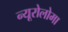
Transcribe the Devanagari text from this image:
न्यूरोलोमा